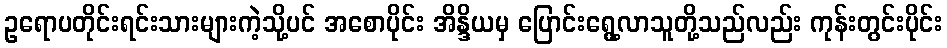
ဥရောပတိုင်းရင်းသားများကဲ့သို့ပင် အစောပိုင်း အိန္ဒိယမှ ပြောင်းရွေ့လာသူတို့သည်လည်း ကုန်းတွင်းပိုင်း